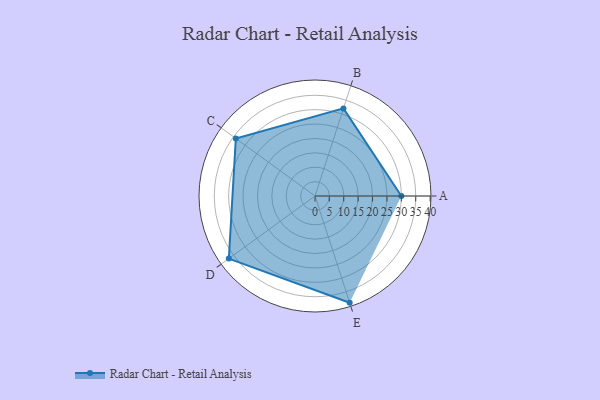
{"axis": {"x": "Skill", "y": "Score"}, "legend": ["Profile"], "data": [{"x": "A", "y": 30.0, "type": "Profile"}, {"x": "B", "y": 32.0, "type": "Profile"}, {"x": "C", "y": 34.0, "type": "Profile"}, {"x": "D", "y": 37.0, "type": "Profile"}, {"x": "E", "y": 39.0, "type": "Profile"}]}